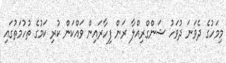
މިމަހުގެ ދެވަނަ ދުވަހު ޝަންގްރިއްލާ ރަން ފިހާރައިން ވައްކަން ކުރި ކަމުގެ ތުހުމަތުގައި